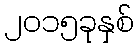
၂၀၁၅ခုနှစ်